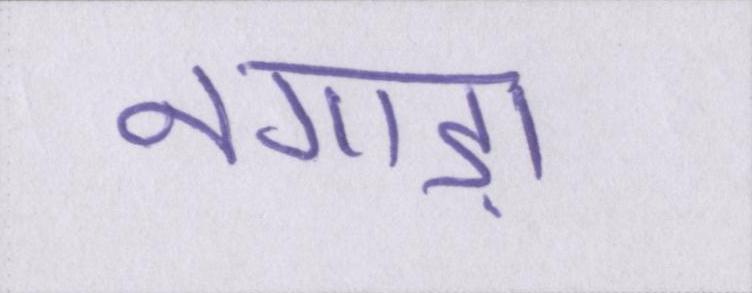
नगाड़ा